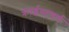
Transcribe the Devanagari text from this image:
क्राईस्टचर्च